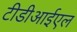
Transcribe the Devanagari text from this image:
टीडीआईएल